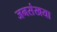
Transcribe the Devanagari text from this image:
जनसंखया